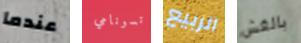
عندما تسونامي الربيع بالغش